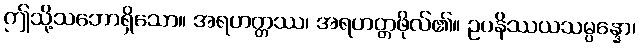
ဤသို့သဘောရှိသော။ အရဟတ္တဿ၊ အရဟတ္တဖိုလ်၏။ ဥပနိဿယသမ္ပန္နော၊